Report of the King Institute of Preventive Medicine, Guindy
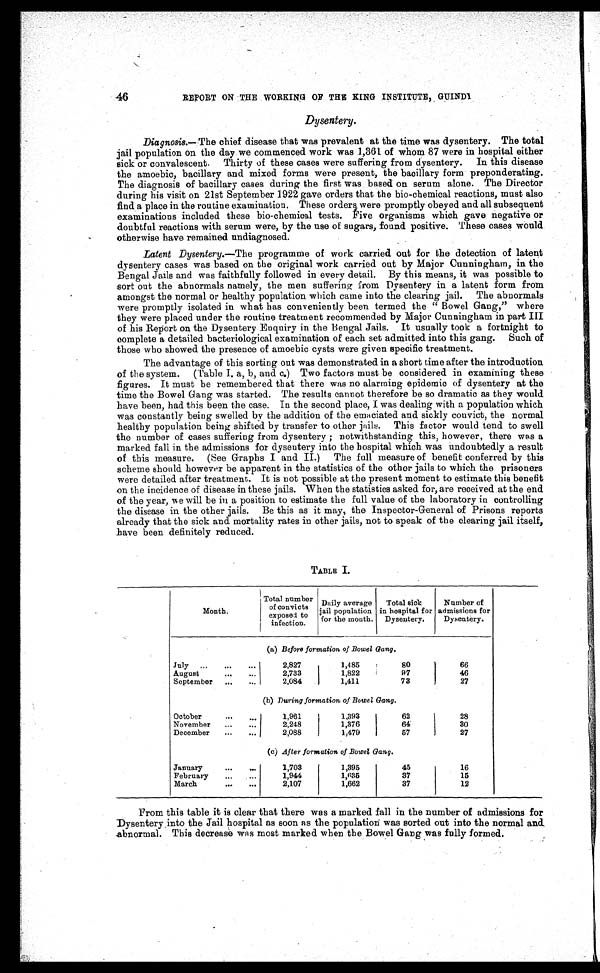
46
REPORT ON THE WORKING OF THE KING INSTITUTE, GUINDY
Dysentery.
Diagnosis.— The chief disease that was prevalent at the time was dysentery. The total
jail population on the day we commenced work was 1,361 of whom 87 were in hospital either
sick or convalescent. Thirty of these cases were suffering from dysentery. In this disease
the amoebic, bacillary and mixed forms were present, the bacillary form preponderating.
The diagnosis of bacillary cases during the first was based on serum alone. The Director
during his visit on 21st September 1922 gave orders that the bio-chemical reactions, must also
find a place in the routine examination. These orders, were promptly obeyed and all subsequent
examinations included these bio-chemical tests. Five organisms which gave negative or
doubtful reactions with serum were, by the use of sugars, found positive. These cases would
otherwise have remained undiagnosed.
Latent Dysentery.—The programme of work carried out for the detection of latent
dysentery cases was based on the original work carried out by Major Cunningham, in the
Bengal Jails and was faithfully followed in every detail. By this means, it was possible to
sort out the abnormals namely, the men suffering from Dysentery in a latent form from
amongst the normal or healthy population which came into the clearing jail. The abnormals
were promptly isolated in what has conveniently been termed the "Bowel Gang," where
they were placed under the routine treatment recommended by Major Cunningham in part III
of his Report on the Dysentery Enquiry in the Bengal Jails. It usually took a fortnight to
complete a detailed bacteriological examination of each set admitted into this gang. Such of
those who showed the presence of amoebic cysts were given specific treatment.
The advantage of this sorting out was demonstrated in a short time after the introduction
of the system. (Table I. a, b, and c.) Two factors must be considered in examining these
figures. It must be remembered that there was no alarming epidemic of dysentery at the
time the Bowel Gang was started. The results cannot therefore be so dramatic as they would
have been, had this been the case. In the second place, I was dealing with a population which
was constantly being swelled by the addition of the emaciated and sickly convict, the normal
healthy population being shifted by transfer to other jails. This factor would tend to swell
the number of cases suffering from dysentery ; notwithstanding this, however, there was a
marked fall in the admissions for dysentery into the hospital which was undoubtedly a result
of this measure. (See Graphs I and II.) The full measure of benefit conferred by this
scheme should however be apparent in the statistics of the other jails to which the prisoners
were detailed after treatment. It is not possible at the present moment to estimate this benefit
on the incidence of disease in these jails. When the statistics asked for, are received at the end
of the year, we will be in a position to estimate the full value of the laboratory in controlling
the disease in the other jails. Be this as it may, the Inspector-General of Prisons reports
already that the sick and mortality rates in other jails, not to speak of the clearing jail itself,
have been definitely reduced.
TABLE I.
M o n t h .
Total number
of convicts
exposed to
infection.
Daily average
jail population
for the month.
Total sick
in hospital for
Dysentery.
Number of
admissions for
Dysentery.
(a) Before formation of Bowel Gang.
July ...
...
...
2,827
1,485
80
66
August
...
..
2,733
1,822
97
46
September
...
...
2,084
1,411
73
27
(b) During formation of Bowel Gang.
October
...
1,961
1,393
62
28
November
...
2,248
1,376
6 4
30
December
2,088
1,479
57
27
(c) After formation of Bowel Gang.
January
...
...
1,703
1,395
45
16
February
...
...
1,944
1,635
37
15
March
...
...
2,107
1,662
37
12
From this table it is clear that there was a marked fall in the number of admissions for
Dysentery into the Jail hospital as soon as the population was sorted out into the normal and
abnormal. This decrease was most marked when the Bowel Gang was fully formed.